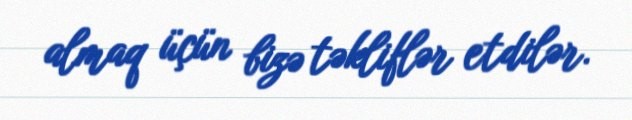
almaq üçün bizə təkliflər etdilər.